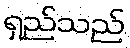
ရှည်သည်